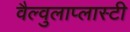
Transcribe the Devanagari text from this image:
वैल्वुलाप्लास्टी